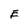
Character: E